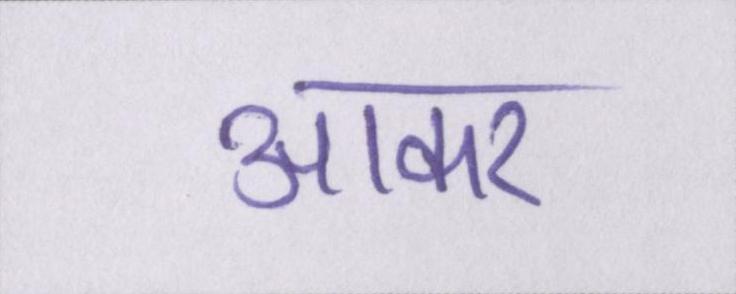
आकर